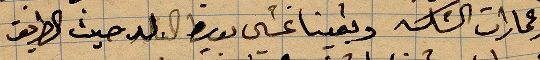
وعمارات الشكل وبقينا نمسي بقيظ البلد حيث الطريق